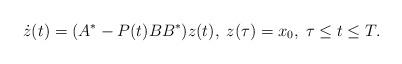
LaTeX: \begin{align*}\dot{z}(t)=(A^*-P(t)BB^*)z(t),\;z(\tau)=x_0,\;\tau\leq t\leq T.\end{align*}